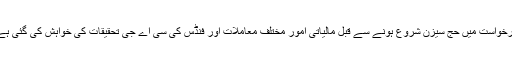
درخواست میں حج سیزن شروع ہونے سے قبل مالیاتی امور مختلف معاملات اور فنڈس کی سی اے جی تحقیقات کی خواہش کی گئی ہے۔